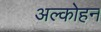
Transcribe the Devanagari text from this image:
अल्कोहन